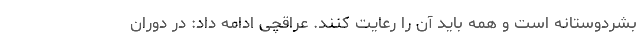
بشردوستانه است و همه باید آن را رعایت کنند. عراقچی ادامه داد: در دوران